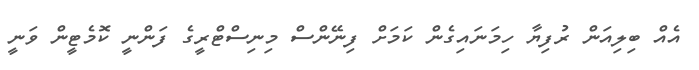
އެއް ބިލިއަން ރުފިޔާ ހިމަނައިގެން ކަމަށް ފިނޭންސް މިނިސްޓްރީގެ ފަންނީ ކޮމެޓީން ވަނީ